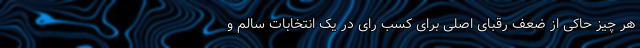
هر چیز حاکی از ضعف رقبای اصلی برای کسب رای در یک انتخابات سالم و